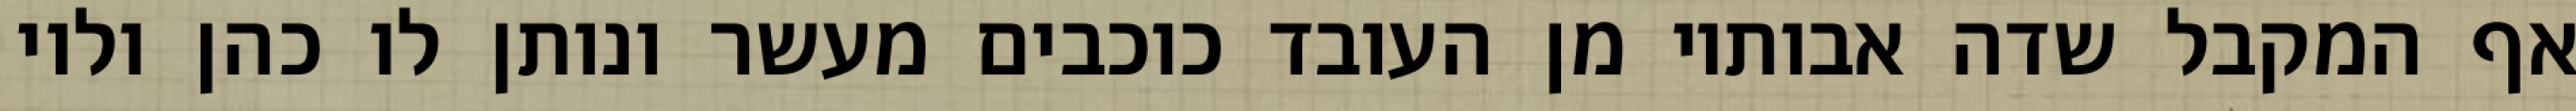
אף המקבל שדה אבותיו מן העובד כוכבים מעשר ונותן לו כהן ולוי